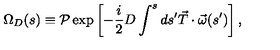
\Omega _ { D } ( s ) \equiv { \cal P } \exp \left[ - \frac { i } { 2 } D \int ^ { s } d s ^ { \prime } \vec { T } \cdot \vec { \omega } ( s ^ { \prime } ) \right] ,